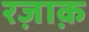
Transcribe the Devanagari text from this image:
रज़ाक़